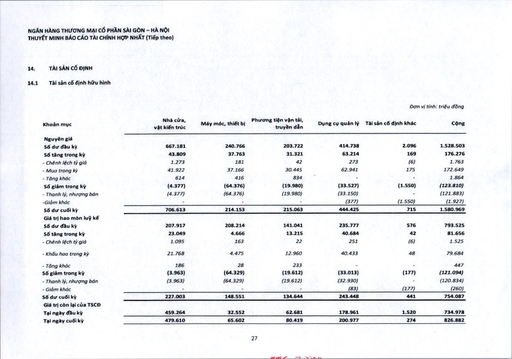
|Khoản mục|Nhà cửa, vật kiến trúc|Máy móc, thiết bị|Phương tiện vận tải, truyền dẫn|Dụng cụ quản lý|Tài sản cố định khác|Cộng| |---|---|---|---|---|---|---| |Nguyên giá||||||| |Số dư đầu kỳ|667.181|240.766|203.722|414.738|2.096|1.528.503| |Số tăng trong kỳ|43.809|37.763|31.321|63.214|169|176.276| |- Chênh lệch tỷ giá|1.273|181|42|273|(6)|1.763| |- Mua trong kỳ|41.922|37.166|30.445|62.941|175|172.649| |- Tăng khác|614|416|834|-|-|1.864| |Số giảm trong kỳ|(4.377)|(64.376)|(19.980)|(33.527)|(1.550)|(123.810)| |- Thanh lý, nhượng bán|(4.377)|(64.376)|(19.980)|(33.150)|-|(121.883)| |- Giảm khác|-|-|-|(377)|(1.550)|(1.927)| |Số dư cuối kỳ|706.613|214.153|215.063|444.425|715|1.580.969| |Giá trị hao mòn lũy kế||||||| |Số dư đầu kỳ|207.917|208.214|141.041|235.777|576|793.525| |Số tăng trong kỳ|23.049|4.666|13.215|40.684|42|81.656| |- Chênh lệch tỷ giá|1.095|163|22|251|(6)|1.525| |- Khấu hao trong kỳ|21.768|4.475|12.960|40.433|48|79.684| |- Tăng khác|186|28|233|-|-|447| |Số giảm trong kỳ|(3.963)|(64.329)|(19.612)|(33.013)|(177)|(121.094)| |- Thanh lý, nhượng bán|(3.963)|(64.329)|(19.612)|(32.930)|-|(120.834)| |- Giảm khác|-|-|-|(83)|(177)|(260)| |Số dư cuối kỳ|227.003|148.551|134.644|243.448|441|754.087| |Giá trị còn lại của TSCĐ||||||| |Tại ngày đầu kỳ|459.264|32.552|62.681|178.961|1.520|734.978| |Tại ngày cuối kỳ|479.610|65.602|80.419|200.977|274|826.882|